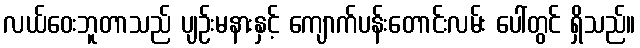
လယ်ဝေးဘူတာသည် ပျဉ်းမနားနှင့် ကျောက်ပန်းတောင်းလမ်း ပေါ်တွင် ရှိသည်။